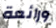
ورائعة